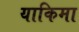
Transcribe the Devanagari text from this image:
याकिमा